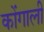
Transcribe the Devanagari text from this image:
कोंगाली